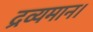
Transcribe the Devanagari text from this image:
द्रव्यमान।